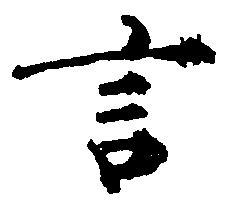
言